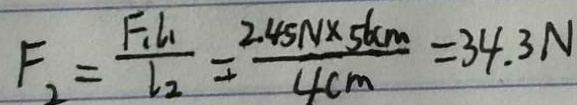
F _ { 2 } = \frac { F _ { 1 } l _ { 1 } } { l _ { 2 } } = \frac { 2 . 4 5 N \times 5 6 c m } { 4 c m } = 3 4 . 3 N